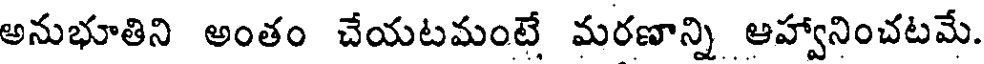
అనుభూతిని అంతం చేయటమంటే మరణాన్ని ఆహ్వానించటమే.